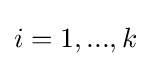
i=1,...,k